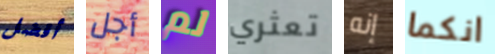
أفضل أجل لم تعثري إنه انكما